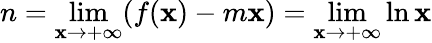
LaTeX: n=\operatorname*{lim}_{\mathbf{x}\rightarrow+\infty}(f(\mathbf{x})-m\mathbf{x})=\operatorname*{lim}_{\mathbf{x}\rightarrow+\infty}\ln\mathbf{x}